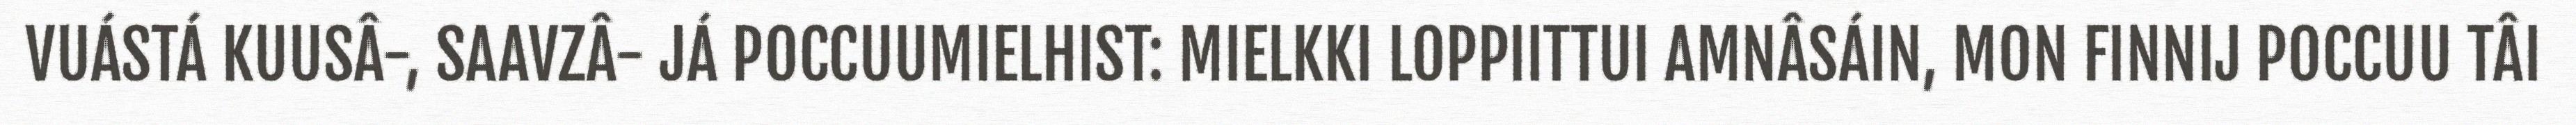
VUÁSTÁ KUUSÂ-, SAAVZÂ- JÁ POCCUUMIELHIST: MIELKKI LOPPIITTUI AMNÂSÁIN, MON FINNIJ POCCUU TÂI